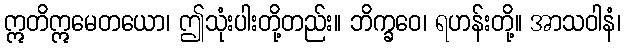
ဣတိဣမေတယော၊ ဤသုံးပါးတို့တည်း။ ဘိက္ခဝေ၊ ရဟန်းတို့။ အာသဝါနံ၊